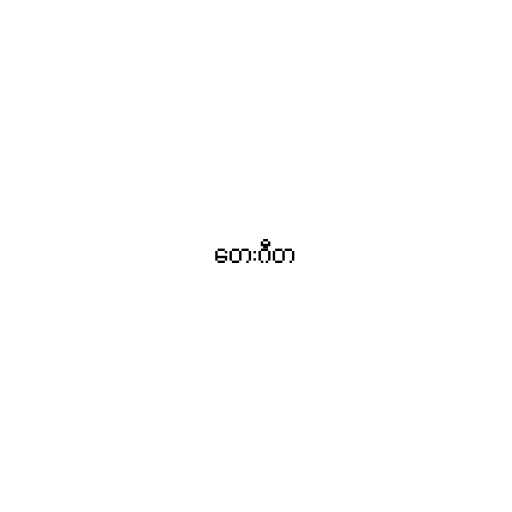
တေးဂီတ